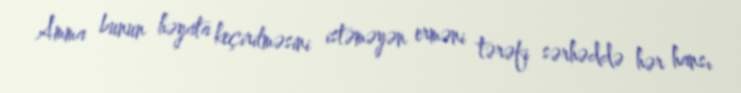
Amma bunun həyata keçirilməsini istəməyən erməni tərəfi sərhəddə hər hansı